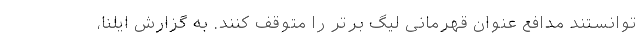
توانستند مدافع عنوان قهرمانی لیگ برتر را متوقف کنند. به گزارش ایلنا،